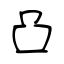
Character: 凸